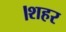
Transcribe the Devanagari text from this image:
।शहर